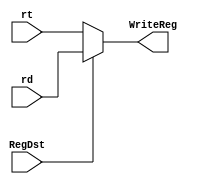
module SelectRtRd(
  input [4:0]rt,
  input [4:0]rd,
  input RegDst,
  output [4:0]WriteReg
  );

assign WriteReg = RegDst==0?rt:rd;

endmodule